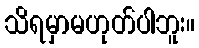
သိရမှာမဟုတ်ပါဘူး။